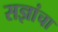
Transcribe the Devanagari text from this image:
सज्ञांचा